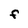
Character: F